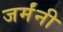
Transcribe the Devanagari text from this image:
जर्मंनी